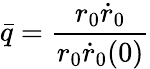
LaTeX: \bar{q}=\frac{r_{0}\dot{r}_{0}}{r_{0}\dot{r}_{0}(0)}